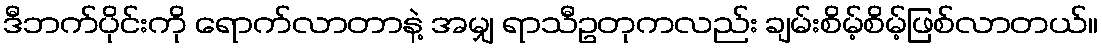
ဒီဘက်ပိုင်းကို ရောက်လာတာနဲ့ အမျှ ရာသီဥတုကလည်း ချမ်းစိမ့်စိမ့်ဖြစ်လာတယ်။